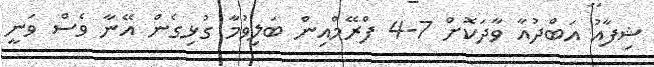
ޝިފާއު އަބްދުއާ ވާދަކޮށް 7-4 ފްރޭމްއިން ބަލިވުމާ ގުޅިގެން އޭނާ ވެސް ވަނީ